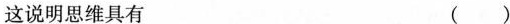
这说明思维具有 ( )